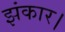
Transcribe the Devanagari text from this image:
झंकार।